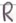
Text: R